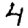
Digit: 4